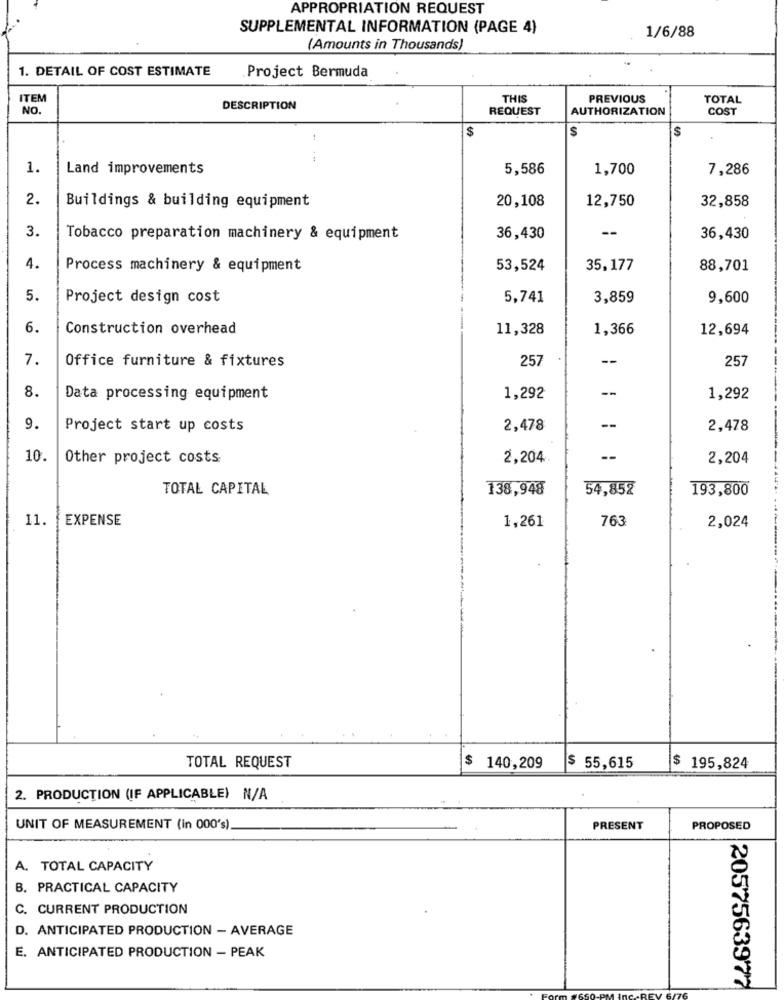
APPROPRIATION REQUEST
SUPPLEMENTAL INFORMATION (PAGE 4)
1/6/88
(Amounts in Thousands)
1. DETAIL OF COST ESTIMATE
Project Bermuda
ITEM
THIS
PREVIOUS
TOTAL
NO.
DESCRIPTION
REQUEST
AUTHORIZATION
COST
$
$
1.
Land improvements
5,586
1,700
7,286
2.
20,108
12,750
32,858
Buildings & building equipment
3.
--
Tobacco preparation machinery & equipment
36,430
36,430
4.
Process machinery & equipment
53,524
35,177
88,701
5.
Project design cost
5,741
3,859
9,600
6.
Construction overhead
11,328
1,366
12,694
7.
Office furniture & fixtures
257
--
257
8.
--
Data processing equipment
1,292
1,292
9.
Project start up costs
2,478
--
2,478
10.
Other project costs
2,204
--
2,204
TOTAL CAPITAL
138,948
54,85%
193,800
11.
EXPENSE
1,261
763
2,024
TOTAL REQUEST
$ 140,209
$ 55,615
$ 195,824
2. PRODUCTION (IF APPLICABLE) N/A
UNIT OF MEASUREMENT (in 000's)
PRESENT
PROPOSED
A. TOTAL CAPACITY
B. PRACTICAL CAPACITY
C. CURRENT PRODUCTION
D. ANTICIPATED PRODUCTION - AVERAGE
E. ANTICIPATED PRODUCTION - PEAK
2057563977